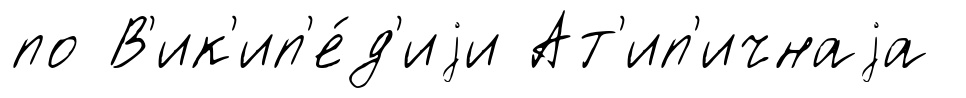
по В'ик'ип'е́д'иjи Ат'ип'ичнаjа